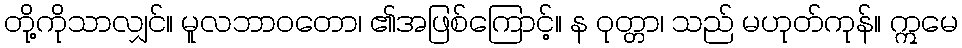
တို့ကိုသာလျှင်။ မူလဘာဝတော၊ ၏အဖြစ်ကြောင့်။ န ဝုတ္တာ၊ သည် မဟုတ်ကုန်။ ဣမေ